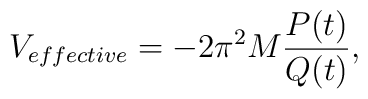
V_{effective}=-2 \pi^{2}M\frac{P(t)}{Q(t)},